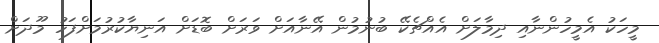
މީހަކު އެމީހުންނާއި ދިމާލަށް އެއްޗެކޭ ބުނުމުން އޭނާއަށް ވަރަށް ބޮޑަށް އަނިޔާކުރުމަށްފަހު މޫދަށް